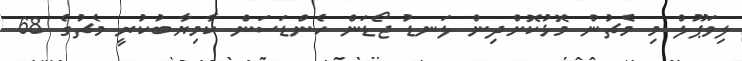
ލިވަޕޫލް މި މެޗުން މޮޅުކޮށްދިން ލަނޑު ޖޯޑަން ހެންޑަސަން ކާމިޔާބުކުރީ މެޗުގެ 68